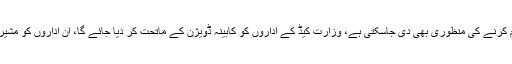
وزارت کیپیٹل ایڈمنسٹریشن اینڈ ڈویلپمنٹ ڈویژن (کیڈ)کو ختم کرنے کی منظوری بھی دی جاسکتی ہے، وزارت کیڈ کے اداروں کو کابینہ ڈویژن کے ماتحت کر دیا جائے گا، ان اداروں کو مشیر برائے پارلیمانی امور بابر اعوان کے سپرد کیا جاسکتا ہے۔